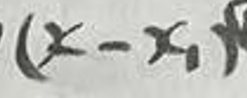
$(x - x_{1})$